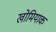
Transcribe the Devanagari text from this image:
खोमियाक